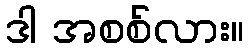
ဒါ အစစ်လား။